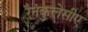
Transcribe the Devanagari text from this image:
रैनंकुलेसीए